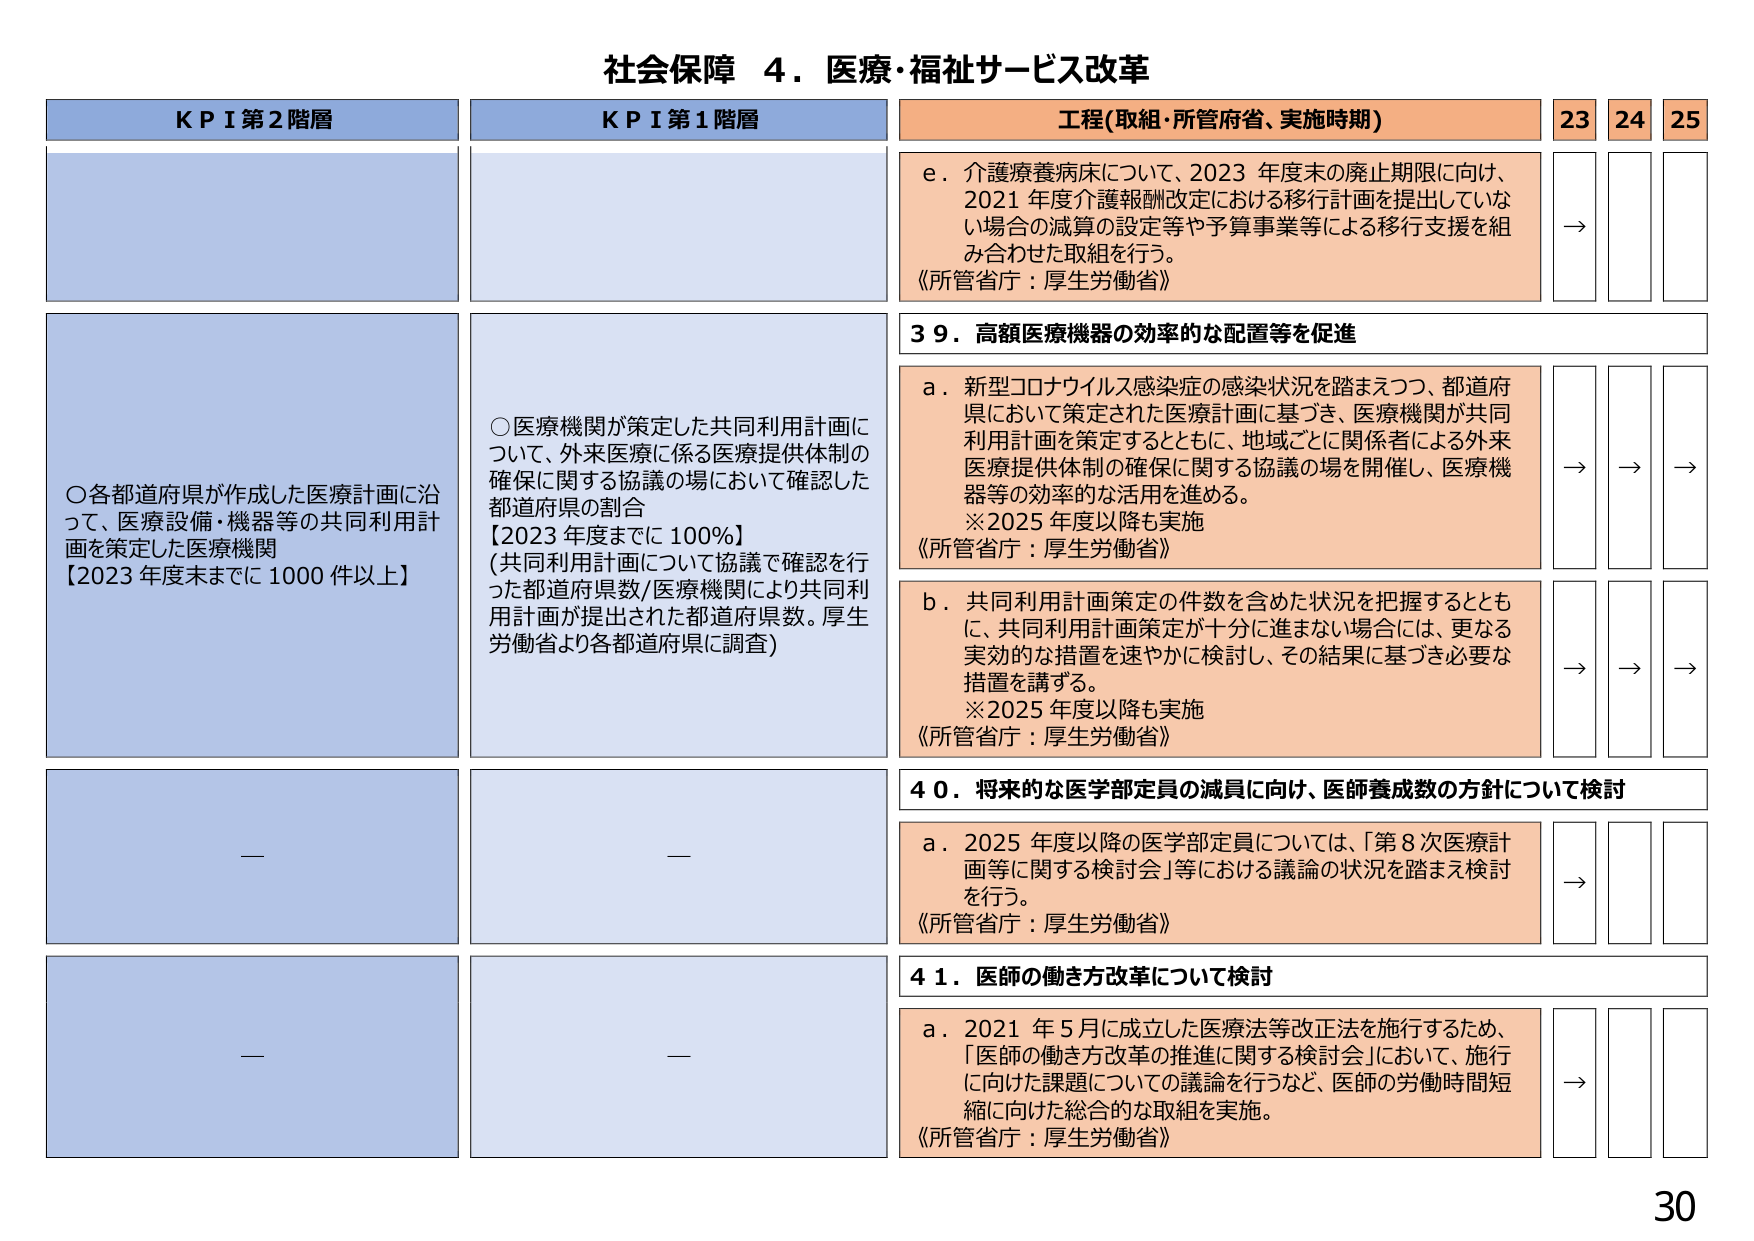
社会保障 ４．医療・福祉サービス改革

KPI第2階層
○各都道府県が作成した医療計画に沿って、医療設備・機器等の共同利用計画を策定した医療機関
【2023年度末までに1000件以上】

KPI第1階層
○医療機関が策定した共同利用計画について、外来医療に係る医療提供体制の確保に関する協議の場において確認した都道府県の割合
【2023年度までに100%】
（共同利用計画について協議で確認を行った都道府県数/医療機関により共同利用計画が提出された都道府県数。厚生労働省より各都道府県に調査）

工程(取組・所管府省、実施時期)
e．介護療養病床について、2023年度末の廃止期限に向け、2021年度介護報酬改定における移行計画を提出していない場合の減算の設定等や予算事業等による移行支援を組み合わせた取組を行う。
《所管省庁：厚生労働省》

39．高額医療機器の効率的な配置等を促進
a．新型コロナウイルス感染症の感染状況を踏まえつつ、都道府県において策定された医療計画に基づき、医療機関が共同利用計画を策定するとともに、地域ごとに関係者による外来医療提供体制の確保に関する協議の場を開催し、医療機器等の効率的な活用を進める。
※2025年度以降も実施
《所管省庁：厚生労働省》

b．共同利用計画策定の件数を含めた状況を把握するとともに、共同利用計画策定が十分に進まない場合には、更なる実効的な措置を速やかに検討し、その結果に基づき必要な措置を講ずる。
※2025年度以降も実施
《所管省庁：厚生労働省》

40．将来的な医学部定員の減員に向け、医師養成数の方針について検討
a．2025年度以降の医学部定員については、「第8次医療計画等に関する検討会」等における議論の状況を踏まえ検討を行う。
《所管省庁：厚生労働省》

41．医師の働き方改革について検討
a．2021年5月に成立した医療法等改正法を施行するため、「医師の働き方改革の推進に関する検討会」において、施行に向けた課題についての議論を行うなど、医師の労働時間短縮に向けた総合的な取組を実施。
《所管省庁：厚生労働省》

23 24 25
→
→ → →
→ → →
→
→

30